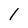
Character: l